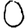
Digit: 0